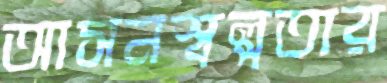
আসনস্বল্পতার